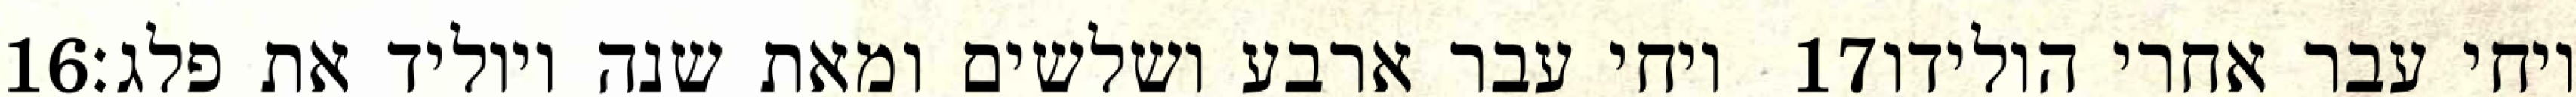
‎16‏ ויחי עבר ארבע ושלשים ומאת שנה ויוליד את פלג׃ ‎17‏ ויחי עבר אחרי הולידו